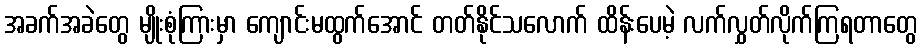
အခက်အခဲတွေ မျိုးစုံကြားမှာ ကျောင်းမထွက်အောင် တတ်နိုင်သလောက် ထိန်းပေမဲ့ လက်လွှတ်လိုက်ကြရတာတွေ